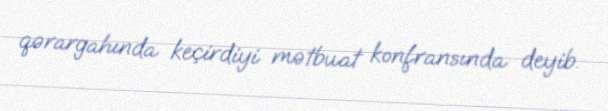
qərargahında keçirdiyi mətbuat konfransında deyib.